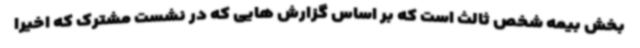
بخش بیمه شخص ثالث است که بر اساس گزارش هایی که در نشست مشترک که اخیرا